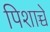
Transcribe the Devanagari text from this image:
पिशाच्चे